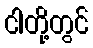
ငါတို့တွင်